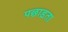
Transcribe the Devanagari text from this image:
पछाड़ता